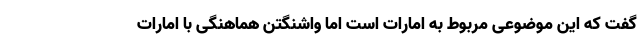
گفت که این موضوعی مربوط به امارات است اما واشنگتن هماهنگی با امارات